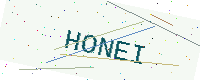
Text: HONEI